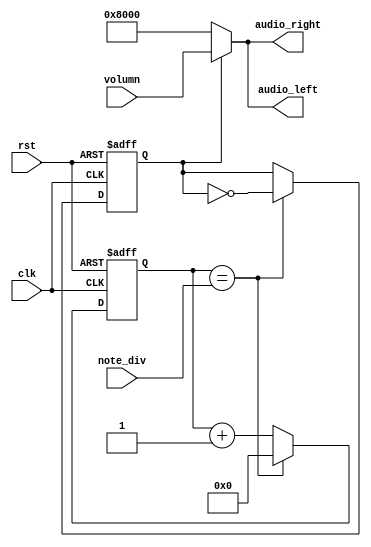
`timescale 1ns / 1ps
//////////////////////////////////////////////////////////////////////////////////
// Company: 
// Engineer: 
// 
// Design Name: 
// Module Name:    buzzer_control 
// Project Name: 
// Target Devices: 
// Tool versions: 
// Description: 
//
// Dependencies: 
//
// Revision: 
// Revision 0.01 - File Created
// Additional Comments: 
//
//////////////////////////////////////////////////////////////////////////////////
module buzzer_control(
	 clk,//clk from crystal
	 rst,//active low reset
	 note_div,//div for note generation
	 audio_left,//left sound audio
	 audio_right,//right sound audio
	 volumn
	 );
	 
	 //I/O declaration
	 input [15:0]volumn;
	 input clk;
	 input rst;
	 input [19:0]note_div;
	 output [15:0]audio_left;
	 output [15:0]audio_right;
	 
	 //Declare internal signals
	 reg [19:0]clk_cnt_next,clk_cnt;
	 reg b_clk,b_clk_next;
	 
	 //Note frequency generation
	 always@(posedge clk or posedge rst)
		if(rst)
			begin
				clk_cnt<=20'd0;
				b_clk<=1'b0;
			end
		else
			begin
				clk_cnt<=clk_cnt_next;
				b_clk<=b_clk_next;
			end
			
	 always@*
		if(clk_cnt==note_div)
			begin
				clk_cnt_next=20'd0;
				b_clk_next=~b_clk;
			end
		else
			begin
				clk_cnt_next=clk_cnt+1'b1;
				b_clk_next=b_clk;
			end

	//Assign the amplitude of the note
	assign audio_left=(b_clk==1'b0)?16'h8000:volumn;
	assign audio_right=(b_clk==1'b0)?16'h8000:volumn;
	
endmodule